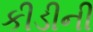
કીડીની